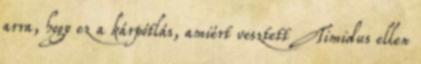
arra, hogy ez a kárpótlás, amiért vesztett Timidus ellen